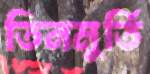
তিনমুর্তি